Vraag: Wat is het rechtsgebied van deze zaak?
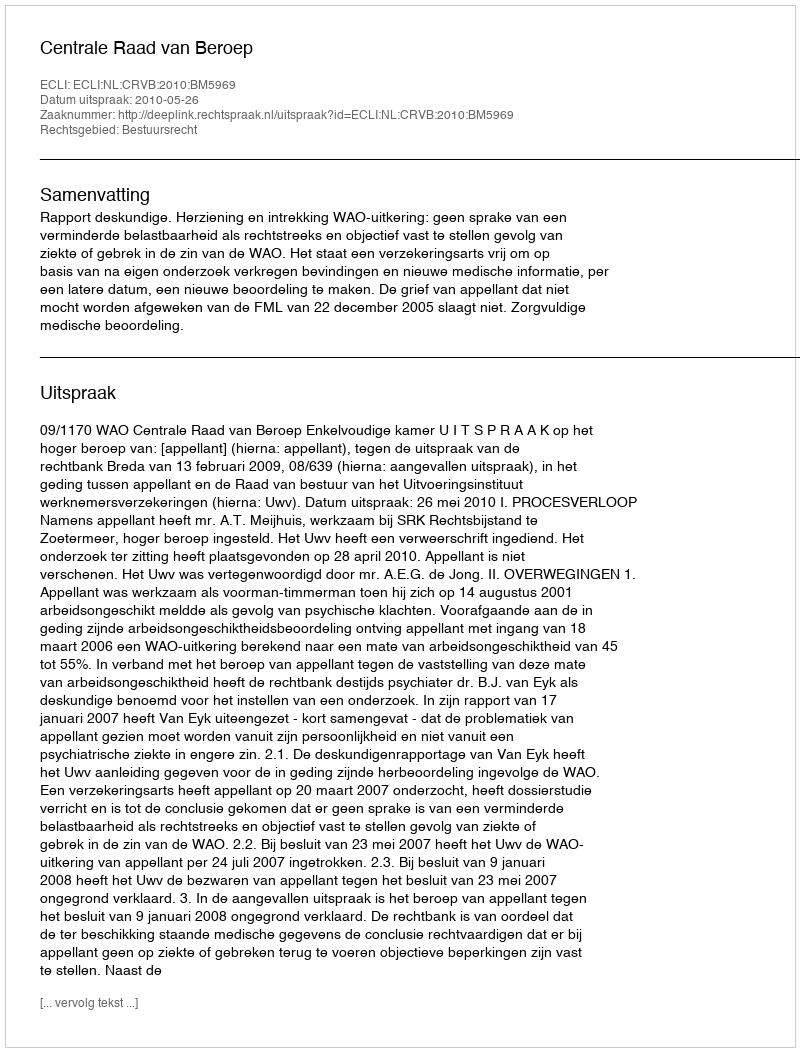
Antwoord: Bestuursrecht